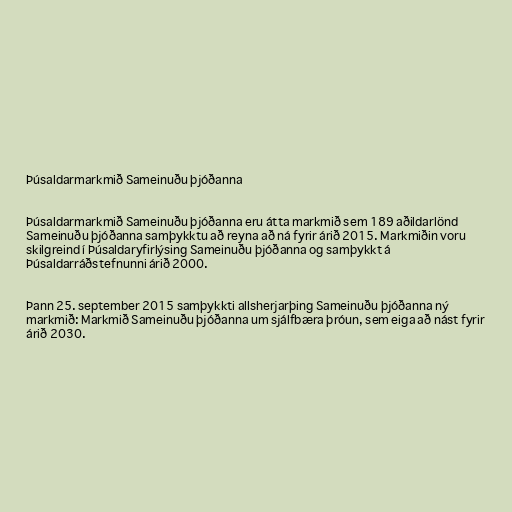
Þúsaldarmarkmið Sameinuðu þjóðanna

Þúsaldarmarkmið Sameinuðu þjóðanna eru átta markmið sem 189 aðildarlönd
Sameinuðu þjóðanna samþykktu að reyna að ná fyrir árið 2015. Markmiðin voru
skilgreind í Þúsaldaryfirlýsing Sameinuðu þjóðanna og samþykkt á
Þúsaldarráðstefnunni árið 2000.

Þann 25. september 2015 samþykkti allsherjarþing Sameinuðu þjóðanna ný
markmið: Markmið Sameinuðu þjóðanna um sjálfbæra þróun, sem eiga að nást fyrir
árið 2030.